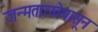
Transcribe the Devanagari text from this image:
जन्मतारखेपासून